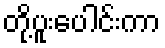
တို့ပူးပေါင်းကာ